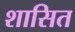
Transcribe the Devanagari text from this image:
शासित